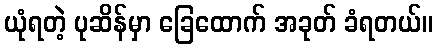
ယုံရတဲ့ ပုဆိန်မှာ ခြေထောက် အခုတ် ခံရတယ်။